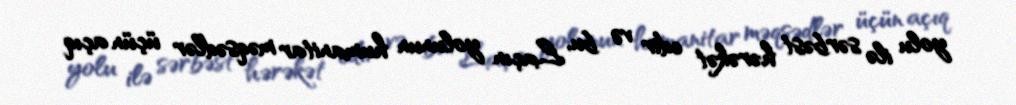
yolu ilə sərbəst hərəkət edir və bu, Laçın yolunun humanitar məqsədlər üçün açıq